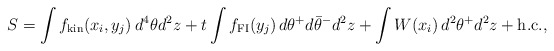
\begin{align*}S=\int f_{\rm kin}(x_i,y_j)\,d^4\theta d^2z+t\int f_{\rm FI}(y_j)\,d\theta^+d\bar\theta^-d^2z+\int W(x_i)\,d^2\theta^+d^2z + \hbox{h.c.}, \end{align*}